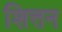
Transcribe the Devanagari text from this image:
शित्तन